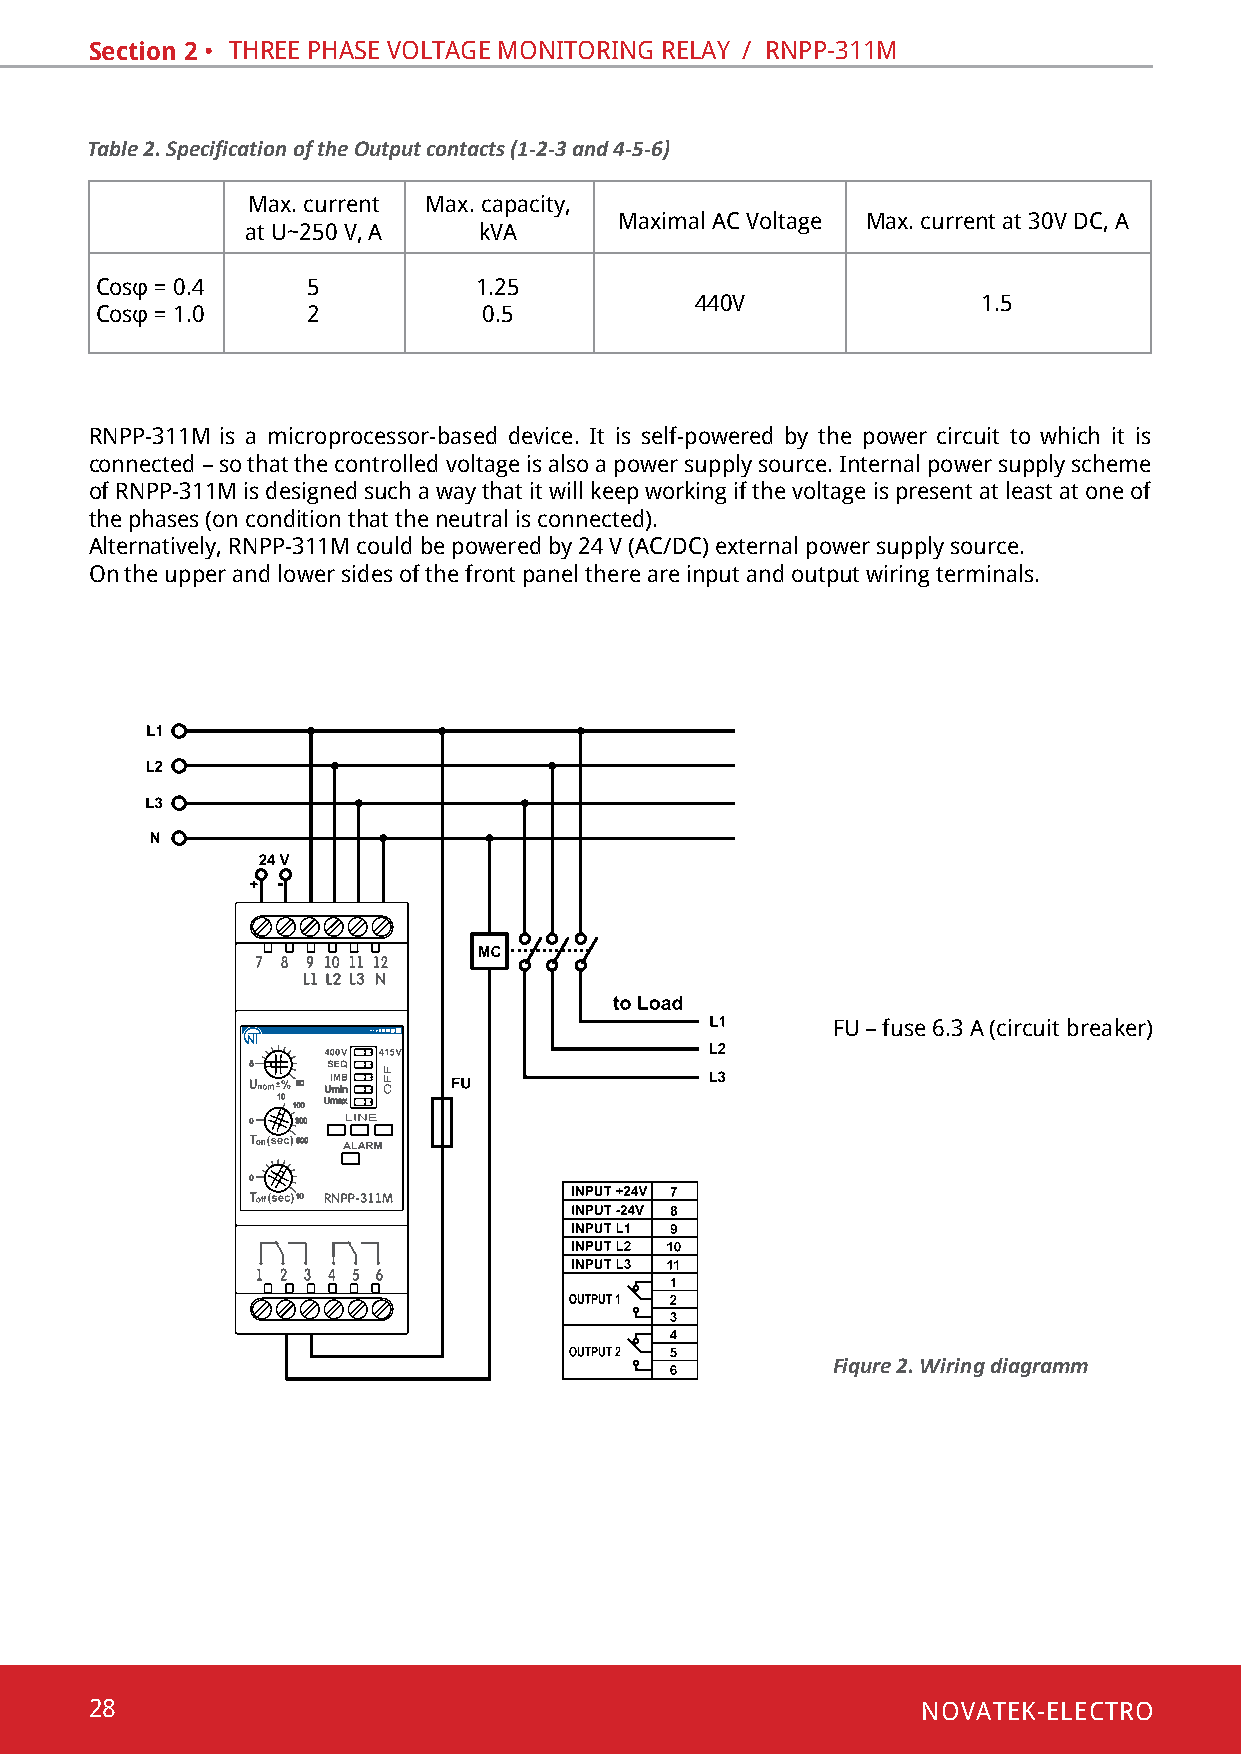
Section 2 • thRee phase voltaGe monitoRinG RelaY / Rnpp-311m
 Table 2. Specification of the Output contacts (1-2-3 and 4-5-6)
 Max. current Max. capacity,
 Maximal AC Voltage Max. current at 30V DC, A
 at u~250 v, a   kva
 Cosφ = 0.4    5          1.25
 440v               1.5
 Cosφ = 1.0    2           0.5
 Rnpp-311m is a microprocessor-based device. it is self-powered by the power circuit to which it is
 connected – so that the controlled voltage is also a power supply source. internal power supply scheme
 of Rnpp-311m is designed such a way that it will keep working if the voltage is present at least at one of
 the phases (on condition that the neutral is connected).
 Alternatively, RNPP-311M could be powered by 24 V (AC/DC) external power supply source.
 on the upper and lower sides of the front panel there are input and output wiring terminals.
 fu – fuse 6.3 a (circuit breaker)
 Fiqure 2. Wiring diagramm
 28                                                     NOVATEK-ELECTRO